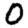
Digit: 0